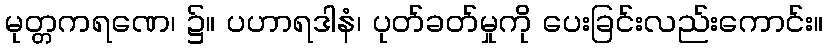
မုတ္တကရဏေ၊ ၌။ ပဟာရဒါနံ၊ ပုတ်ခတ်မှုကို ပေးခြင်းလည်းကောင်း။